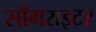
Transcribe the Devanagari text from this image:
साँगराइटर